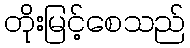
တိုးမြင့်စေသည်